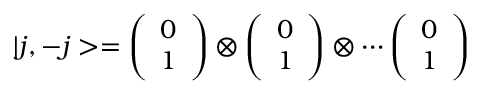
| j , - j > = \left( \begin{array} { c } { { 0 } } \\ { { 1 } } \end{array} \right) \otimes \left( \begin{array} { c } { { 0 } } \\ { { 1 } } \end{array} \right) \otimes \cdots \left( \begin{array} { c } { { 0 } } \\ { { 1 } } \end{array} \right)